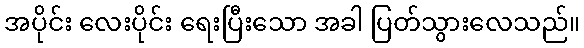
အပိုင်း လေးပိုင်း ရေးပြီးသော အခါ ပြတ်သွားလေသည်။